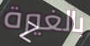
بالغيرة